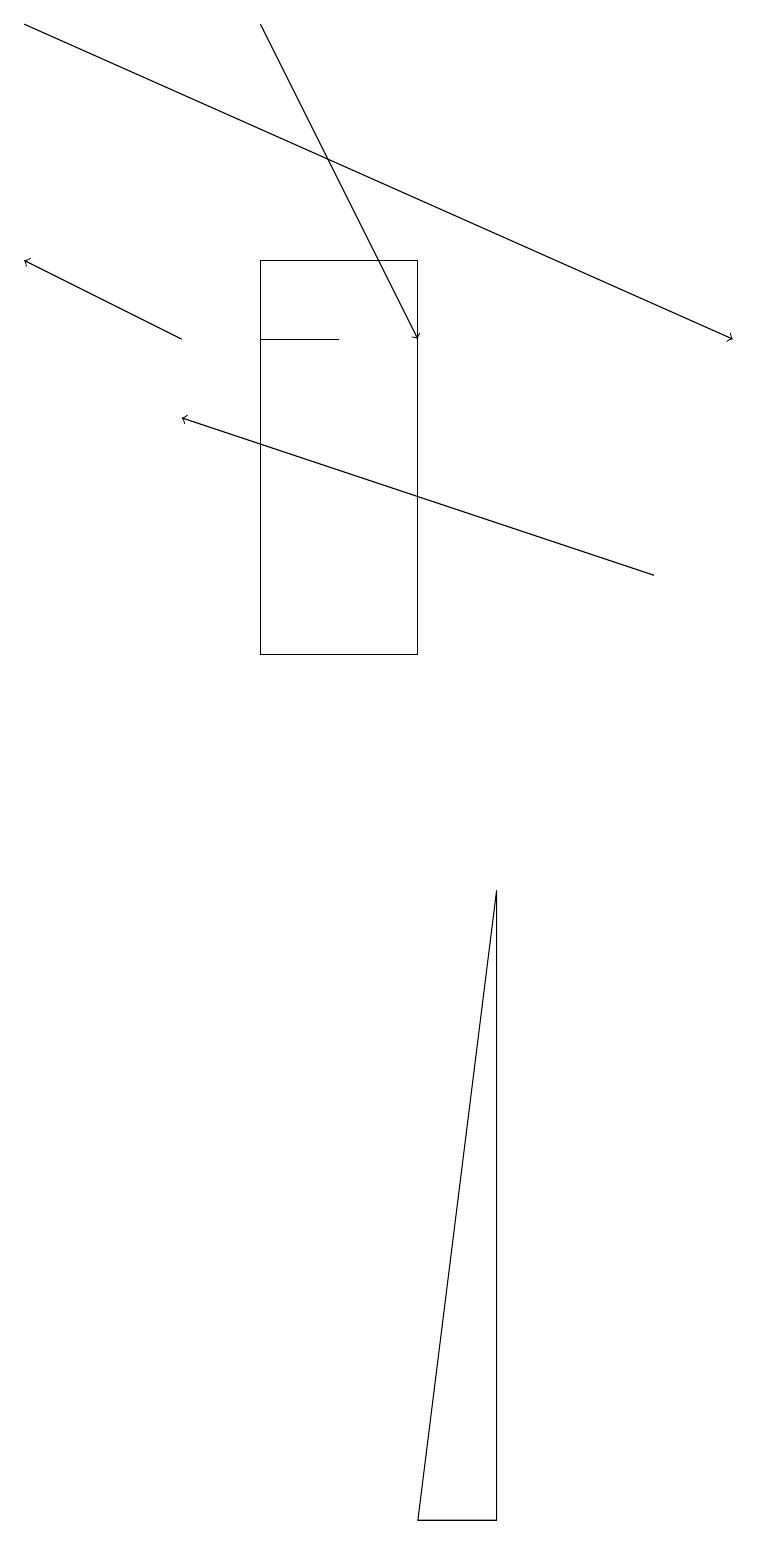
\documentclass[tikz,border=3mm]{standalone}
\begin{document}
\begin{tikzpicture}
\draw (6,8) -- (5,0) -- (6,0) -- cycle;
\draw (4,15) rectangle (3,15);
\draw[->] (8,12) -- (2,14);
\draw (5,16) rectangle (3,11);
\draw[->] (2,15) -- (0,16);
\draw[->] (3,19) -- (5,15);
\draw[->] (0,19) -- (9,15);
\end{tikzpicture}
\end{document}